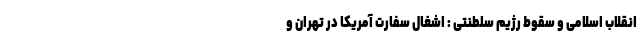
انقلاب اسلامی و سقوط رژیم سلطنتی : اشغال سفارت آمریکا در تهران و